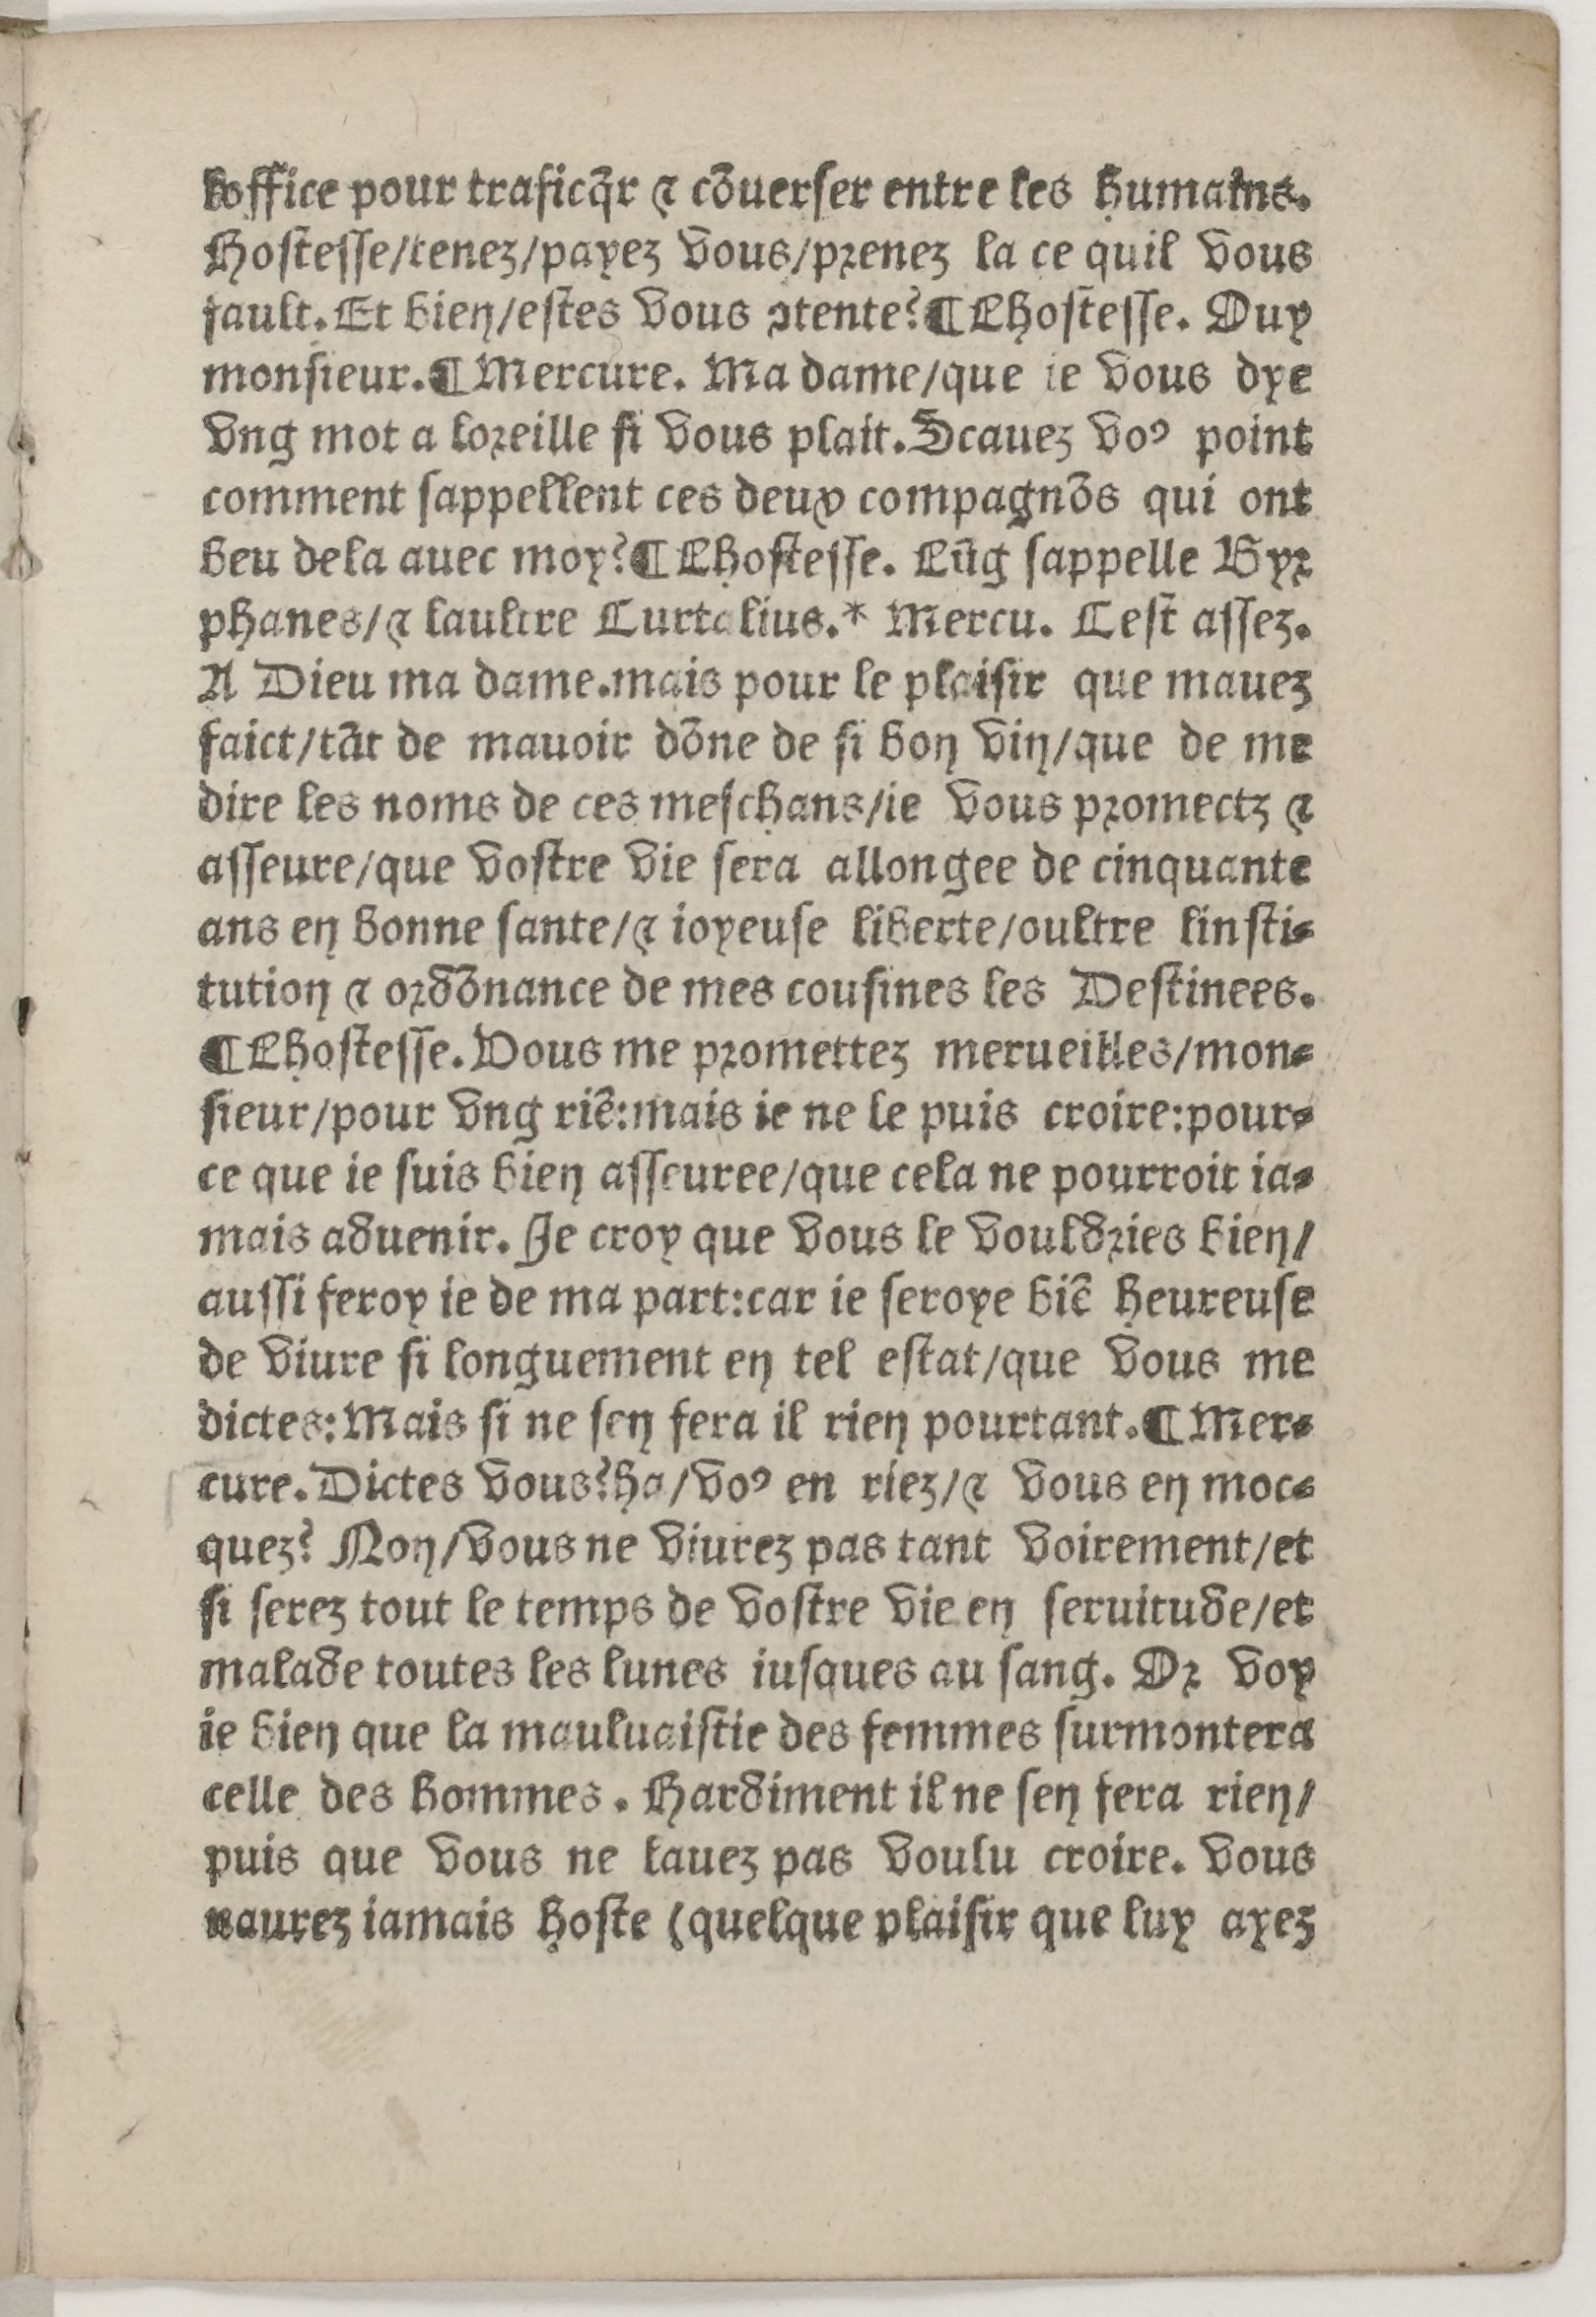
Shelfmark: Paris, BnF, Rés. Z-2442
Century: 16